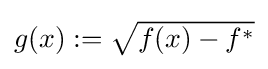
{\textstyle g(x):={\sqrt {f(x)-f^{*}}}}